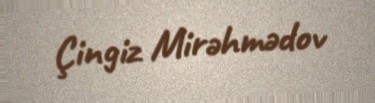
Çingiz Mirəhmədov